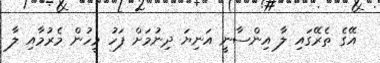
އޭގެ ތެރޭގައި ލާ އިންސާނީ އަނިޔަ ދިނުމަށް ފަހު މީހުން މެރުމާއި ލާ